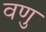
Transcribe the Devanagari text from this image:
वणु